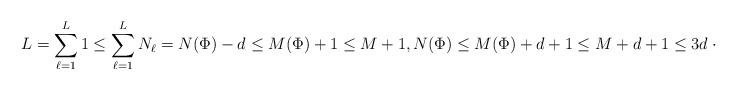
LaTeX: \begin{align*} L = \sum_{\ell=1}^L 1 \leq \sum_{\ell=1}^L N_\ell = N(\Phi) - d \leq M(\Phi) + 1 \leq M + 1, N(\Phi) \leq M(\Phi) + d + 1 \leq M + d + 1 \leq 3d \cdot M =: T.\end{align*}